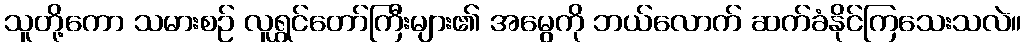
သူတို့ကော သမားစဉ် လူရွှင်တော်ကြီးများ၏ အမွေကို ဘယ်လောက် ဆက်ခံနိုင်ကြသေးသလဲ။